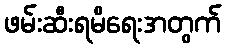
ဖမ်းဆီးရမိရေးအတွက်